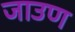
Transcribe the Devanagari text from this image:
जाउण